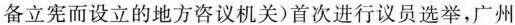
备立宪而设立的地方咨议机关)首次进行议员选举，广州